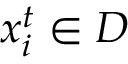
x _ { i } ^ { t } \in D